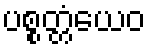
ပစ္စတ္တံယေဝ